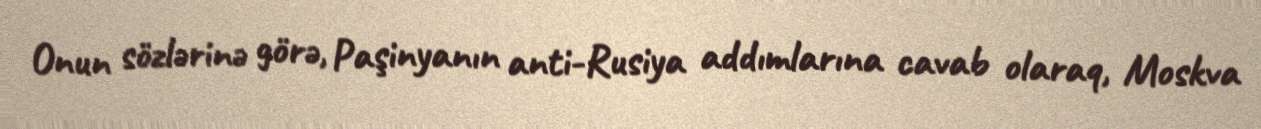
Onun sözlərinə görə, Paşinyanın anti-Rusiya addımlarına cavab olaraq, Moskva